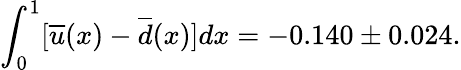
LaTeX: \int_{0}^{1}[\overline{{{u}}}(x)-\overline{{{d}}}(x)]dx=-0.140\pm 0.024.